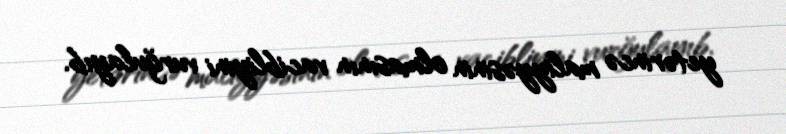
yetərincə maliyyəsinin olmasının vacibliyini vurğulayıb.